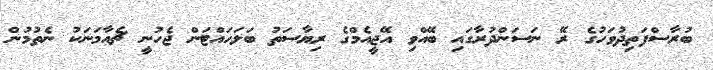
ބުރާސްފަތިދުވަހުގެ ރޭ ނަސަންދުރާގައި ބޭއްވި އޭޖީއެމްގެ ރިޔާސަތު ބަލަހައްޓަން ޖެހުނީ ޗެއާމަނަކު ނެތުމުން